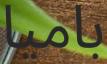
باميا